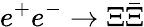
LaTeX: e^{+}e^{-}\to\Xi\bar{\Xi}